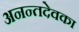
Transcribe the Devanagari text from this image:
अनन्तदेवका